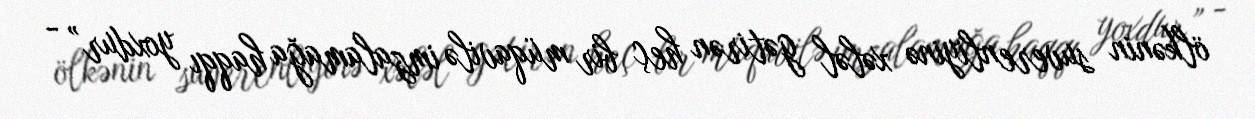
ölkənin suverenliyinə xələl gətirən heç bir müqavilə imzalamağa haqqı yoxdur” -